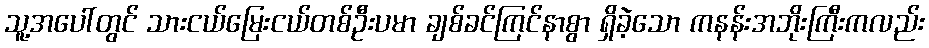
သူ့အပေါ်တွင် သားငယ်မြေးငယ်တစ်ဦးပမာ ချစ်ခင်ကြင်နာစွာ ရှိခဲ့သော ကနန်းအဘိုးကြီးကလည်း